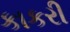
કાકરી